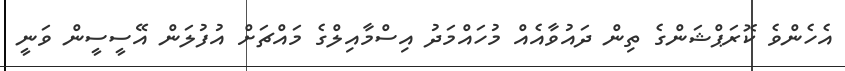
އެހެންވެ ކޮރަޕްޝަންގެ ތިން ދައުވާއެއް މުހައްމަދު އިސްމާއިލްގެ މައްޗަށް އުފުލަން އޭސީސީން ވަނީ